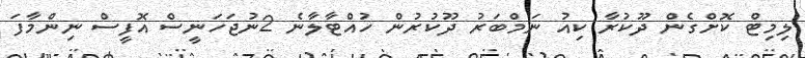
ލިމިޓް ކޮށްގެން ދޫކުރާ ކިއު ނަމްބަރު ދޫކުރުން ހުއްޓާލާނެ 2ނުޖަހަނީސް އޮފީސް ނިންމާފަ